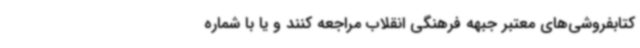
کتابفروشی‌های معتبر جبهه فرهنگی انقلاب مراجعه کنند و یا با شماره